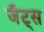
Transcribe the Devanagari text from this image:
जैट्स